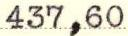
437,60